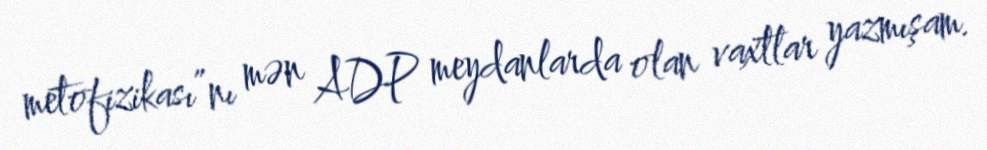
metofizikası”nı mən ADP meydanlarda olan vaxtlar yazmışam.